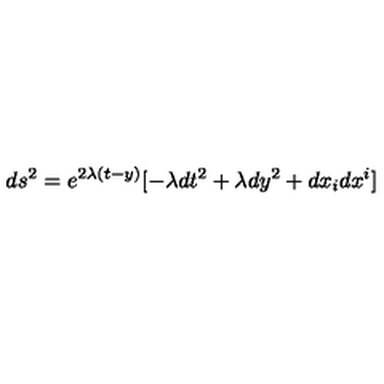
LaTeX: d s ^ { 2 } = e ^ { 2 \lambda ( t - y ) } [ - \lambda d t ^ { 2 } + \lambda d y ^ { 2 } + d x _ { i } d x ^ { i } ]